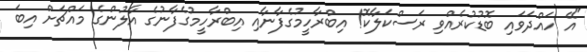
"އޭ ހައްދަވައި ބޮޑުކުރެއްވި ރަސްކަލާކޮ! އިބްރާހީމުގެފާނާއި އިބްރާހީމުގެފާނުގެ އާލުންގެ މައްޗަށް އިބަ